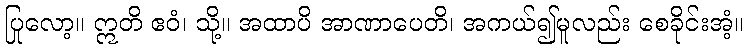
ပြုလော့။ ဣတိ ဧဝံ၊ သို့။ အထာပိ အာဏာပေတိ၊ အကယ်၍မူလည်း စေခိုင်းအံ့။